画像に写った文字を読んでください
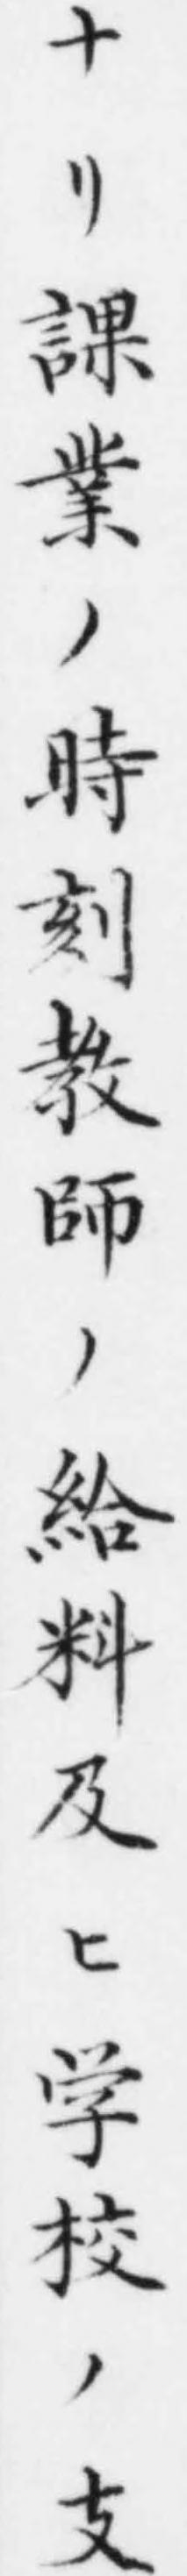
「ナリ課業ノ時刻教師ノ給料及ヒ学校ノ支」と書いてあります